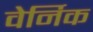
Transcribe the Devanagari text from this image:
वेर्निक